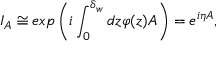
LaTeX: I _ { A } \cong e x p \left( i \int _ { 0 } ^ { \delta _ { w } } d z \varphi ( z ) A \right) = e ^ { { i } \eta A } ,